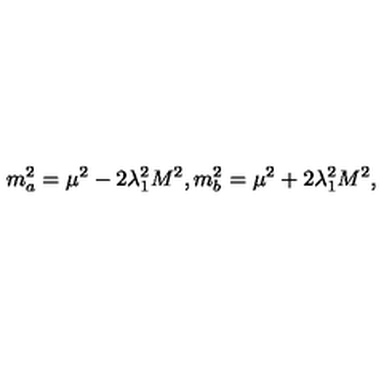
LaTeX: m _ { a } ^ { 2 } = \mu ^ { 2 } - 2 \lambda _ { 1 } ^ { 2 } M ^ { 2 } , m _ { b } ^ { 2 } = \mu ^ { 2 } + 2 \lambda _ { 1 } ^ { 2 } M ^ { 2 } ,